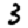
Digit: 3